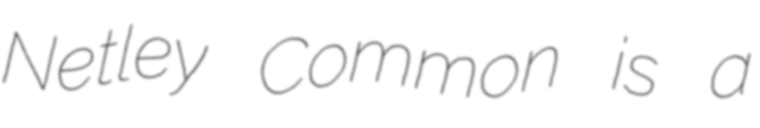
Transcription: Netley Common is a